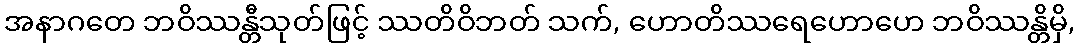
အနာဂတေ ဘဝိဿန္တီသုတ်ဖြင့် ဿတိဝိဘတ် သက်, ဟောတိဿရေဟောဟေ ဘဝိဿန္တိမှိ,